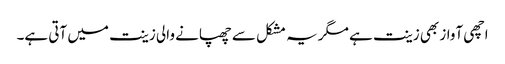
اچھی آواز بھی زینت ہے مگر یہ مشکل سے چھپانے والی زینت میں آتی ہے۔